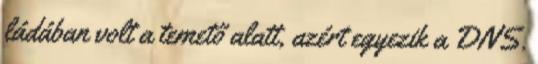
ládában volt a temető alatt, azért egyezik a DNS.